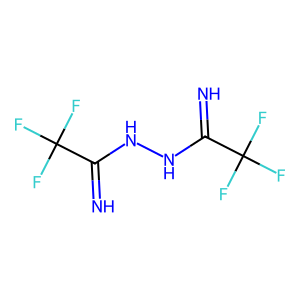
SMILES: N=C(NNC(=N)C(F)(F)F)C(F)(F)F
Inhibits HIV replication: No